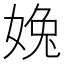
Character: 婏